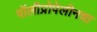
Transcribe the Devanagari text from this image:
पॉलीप्रोपेलीनचा